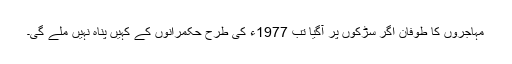
مہاجروں کا طوفان اگر سڑکوں پر آگیا تب 1977ء کی طرح حکمرانوں کے کہیں پناہ نہیں ملے گی۔